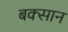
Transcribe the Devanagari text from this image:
बक्सान